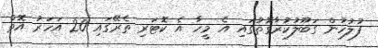
ފުލުހުން ގަބޫލުކުރާގޮތުގައި އެ މީހާ އެ ކޮޓަރި ތެރޭގައި 20 އަހަރު އޮތް